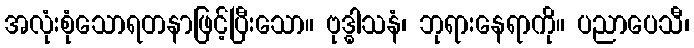
အလုံးစုံသောရတနာဖြင့်ပြီးသော။ ဗုဒ္ဓါသနံ၊ ဘုရားနေရာကို။ ပညာပေသီ၊